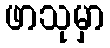
ဖာသုမှာ